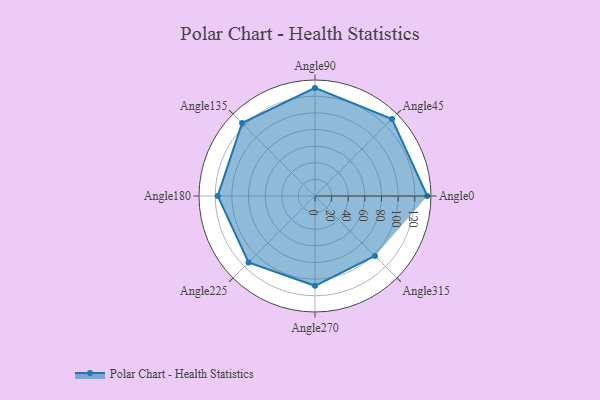
{"axis": {"x": "Angle", "y": "Radius"}, "legend": [""], "data": [{"x": "Angle0", "y": 135.0, "type": ""}, {"x": "Angle45", "y": 131.0, "type": ""}, {"x": "Angle90", "y": 130.0, "type": ""}, {"x": "Angle135", "y": 124.0, "type": ""}, {"x": "Angle180", "y": 117.0, "type": ""}, {"x": "Angle225", "y": 113.0, "type": ""}, {"x": "Angle270", "y": 108.0, "type": ""}, {"x": "Angle315", "y": 102.0, "type": ""}]}